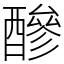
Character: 醦